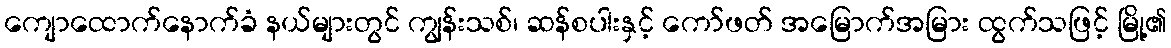
ကျောထောက်နောက်ခံ နယ်များတွင် ကျွန်းသစ်၊ ဆန်စပါးနှင့် ကော်ဖတ် အမြောက်အမြား ထွက်သဖြင့် မြို့၏